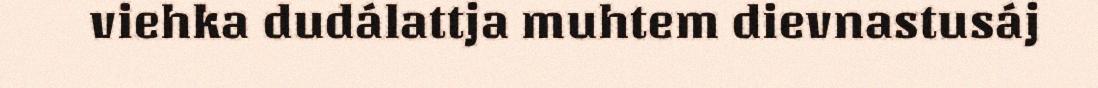
viehka dudálattja muhtem dievnastusáj